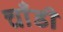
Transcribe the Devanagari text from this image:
चाँडी